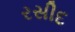
રસીદ